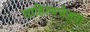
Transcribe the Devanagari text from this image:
साहित्यचेतना